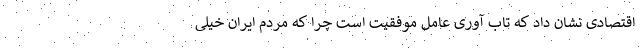
اقتصادی نشان داد که تاب آوری عامل موفقیت است چرا که مردم ایران خیلی